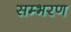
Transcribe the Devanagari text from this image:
सम्भरण